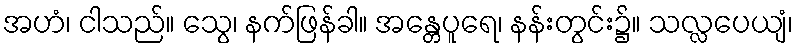
အဟံ၊ ငါသည်။ သွေ၊ နက်ဖြန်ခါ။ အန္တေပူရေ၊ နန်းတွင်း၌။ သလ္လပေယျံ၊